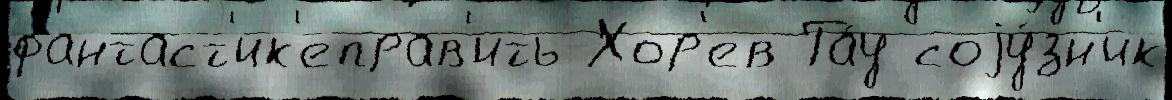
фантаст'ик'еправ'ить Хор'ев Та́у соjу́зн'ик